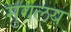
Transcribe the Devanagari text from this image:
मुगलय